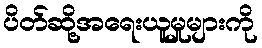
ပိတ်ဆို့အရေးယူမှုများကို